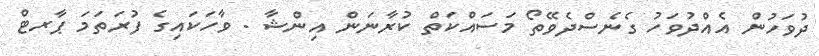
ދުވަހުން އެއްދުވަހު ގެނެސްދެވޭތޯ މަސައްކަތް ކުރާނަން އިންޝާ . ވާހަކައިގެ ފުރަތަމަ ޕާރޓް